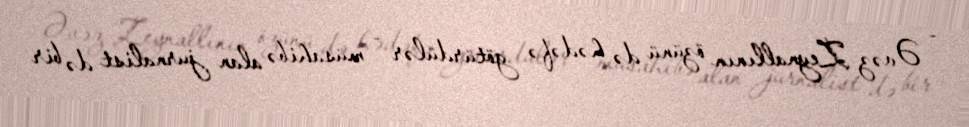
- Əvəz Zeynallının özünü də hədəfə götürdülər - müsahibə alan jurnalist də bir